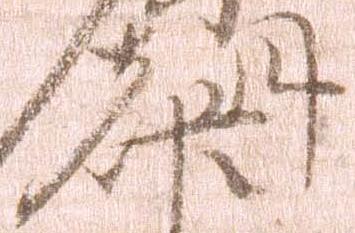
朝